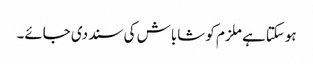
ہوسکتا ہے ملزم کو شاباش کی سند دی جائے۔